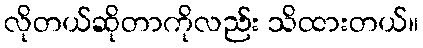
လိုတယ်ဆိုတာကိုလည်း သိထားတယ်။